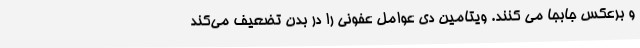
و برعکس جابجا می کنند. ویتامین دی عوامل عفونی را در بدن تضعیف می‌کند